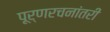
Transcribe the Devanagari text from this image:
पूर्णरचनांतरी